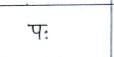
मजकूर: पः